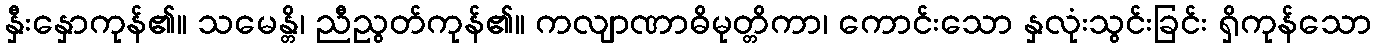
နှီးနှောကုန်၏။ သမေန္တိ၊ ညီညွတ်ကုန်၏။ ကလျာဏာဓိမုတ္တိကာ၊ ကောင်းသော နှလုံးသွင်းခြင်း ရှိကုန်သော